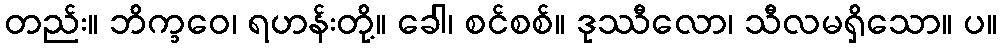
တည်း။ ဘိက္ခဝေ၊ ရဟန်းတို့။ ခေါ၊ စင်စစ်။ ဒုဿီလော၊ သီလမရှိသော။ ပ။